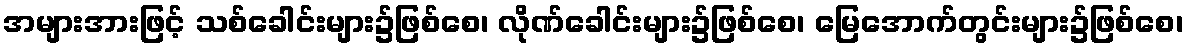
အများအားဖြင့် သစ်ခေါင်းများ၌ဖြစ်စေ၊ လိုဏ်ခေါင်းများ၌ဖြစ်စေ၊ မြေအောက်တွင်းများ၌ဖြစ်စေ၊